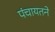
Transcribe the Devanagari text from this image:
पंचायतने